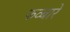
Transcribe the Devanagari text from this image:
फव्‍बारे